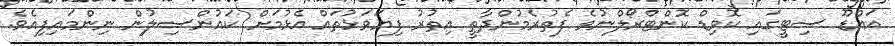
އައްޑޫ ސިޓީގައި ކޮވިޑް ކޮންޓްރޯލްނުވެ ފެތުރެމުންދާތީ އިތުރު ފިޔަވަޅުތައް އެޅުމަށް ކައުންސިލުން ނިންމައިފިއެވެ.